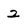
Character: 2